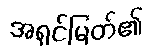
အရှင်မြတ်၏